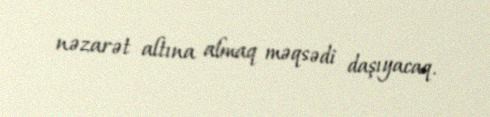
nəzarət altına almaq məqsədi daşıyacaq.